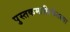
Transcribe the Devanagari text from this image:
पुस्तकमालिकेतल्या